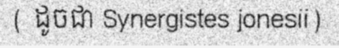
( ដូចជា Synergistes jonesii)